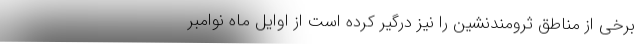
برخی از مناطق ثرومندنشین را نیز درگیر کرده است از اوایل ماه نوامبر